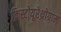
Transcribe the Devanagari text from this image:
क्रिस्टोयूरेथ्रोग्राम